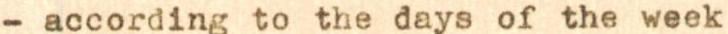
- according to the days of the week